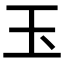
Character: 玉